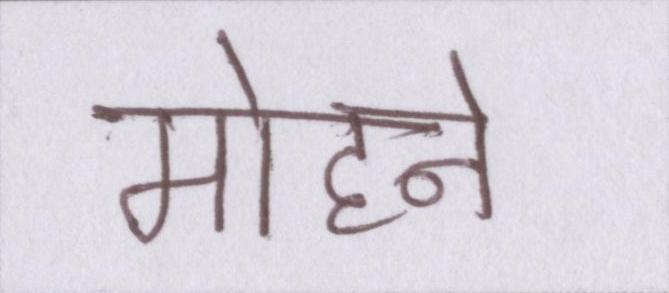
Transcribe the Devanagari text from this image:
मोहने